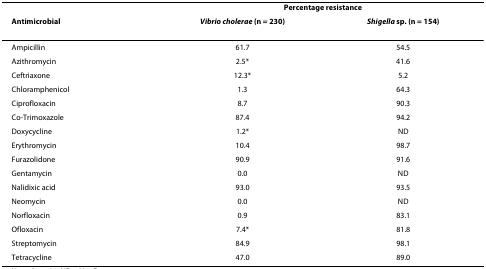
|  | <COLSPAN=2> Percentage resistance |
 | Antimicrobial | Vibrio cholerae (n = 230) | Shigella sp. (n = 154) |
 | --- | --- | --- |
 | Ampicillin | 61.7 | 54.5 |
 | Azithromycin | 2.5* | 41.6 |
 | Ceftriaxone | 12.3* | 5.2 |
 | Chloramphenicol | 1.3 | 64.3 |
 | Ciprofloxacin | 8.7 | 90.3 |
 | Co-Trimoxazole | 87.4 | 94.2 |
 | Doxycycline | 1.2* | ND |
 | Erythromycin | 10.4 | 98.7 |
 | Furazolidone | 90.9 | 91.6 |
 | Gentamycin | 0.0 | ND |
 | Nalidixic acid | 93.0 | 93.5 |
 | Neomycin | 0.0 | ND |
 | Norfloxacin | 0.9 | 83.1 |
 | Ofloxacin | 7.4* | 81.8 |
 | Streptomycin | 84.9 | 98.1 |
 | Tetracycline | 47.0 | 89.0 |